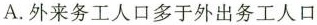
A.外来务工人口多于外出务工人口